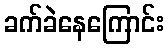
ခက်ခဲနေကြောင်း